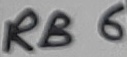
Text: RB6